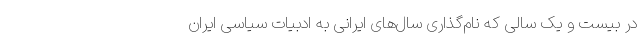
در بیست و یک سالی که نام‌گذاری سال‌های ایرانی به ادبیات سیاسی ایران